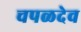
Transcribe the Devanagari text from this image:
चपळदेव